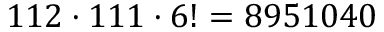
1 1 2 \cdot 1 1 1 \cdot 6 ! = 8 9 5 1 0 4 0